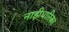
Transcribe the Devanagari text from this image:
नाड़ीधारिका